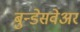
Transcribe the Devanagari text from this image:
बुन्डेसवेअर